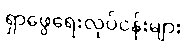
ရှာဖွေရေးလုပ်ငန်းများ